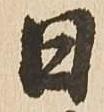
日